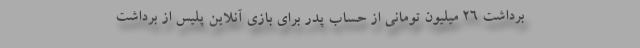
برداشت 26 میلیون تومانی از حساب پدر برای بازی آنلاین پلیس از برداشت